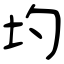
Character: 圴